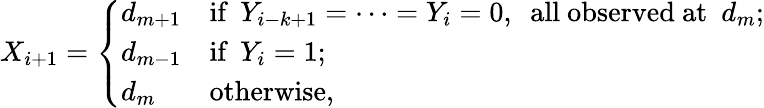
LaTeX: X_{i+1}={\left\{ \begin{array}{ll}{d_{m+1}}&{{\textrm{if}}\ \ Y_{i-k+1}=\cdots=Y_{i}=0,\ \ {\textrm{all}}\ {\textrm{observed}}\ {\textrm{at}}\ \ d_{m};}\\ {d_{m-1}}&{{\textrm{if}}\ \ Y_{i}=1;}\\ {d_{m}}&{{\textrm{otherwise}},}\end{array}\right.}